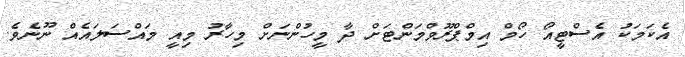
އެކަމަކު އެސްޓީއޯ ހޯމް އިމްޕްރޫވްމަންޓަށް ދާ މީހުންނަށް މިހާރު މިއީ މައްސަލައެއް ނޫނެވެ.